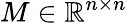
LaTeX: M\in\mathbb{R}^{n\times n}